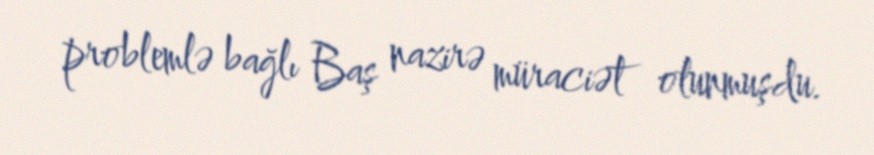
problemlə bağlı Baş nazirə müraciət olunmuşdu.